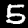
Digit: 5